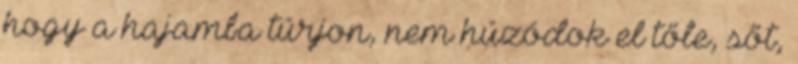
hogy a hajamba túrjon, nem húzódok el tőle, sőt,